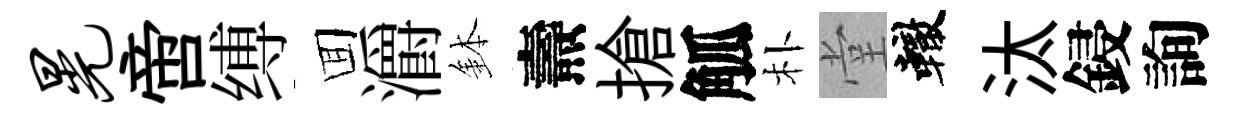
晃啻缚囬灂鉢燾搶觚朴堂轍汰鋟詢